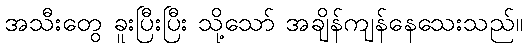
အသီးတွေ ခူးပြီးပြီး သို့သော် အချိန်ကျန်နေသေးသည်။